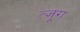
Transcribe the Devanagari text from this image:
त्ज़ूग